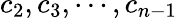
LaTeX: c_{2},c_{3},\cdots,c_{n-1}